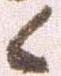
候